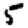
Digit: 5